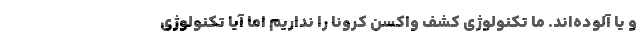
و یا آلوده‌اند. ما تکنولوژی کشف واکسن کرونا را نداریم اما آیا تکنولوژی